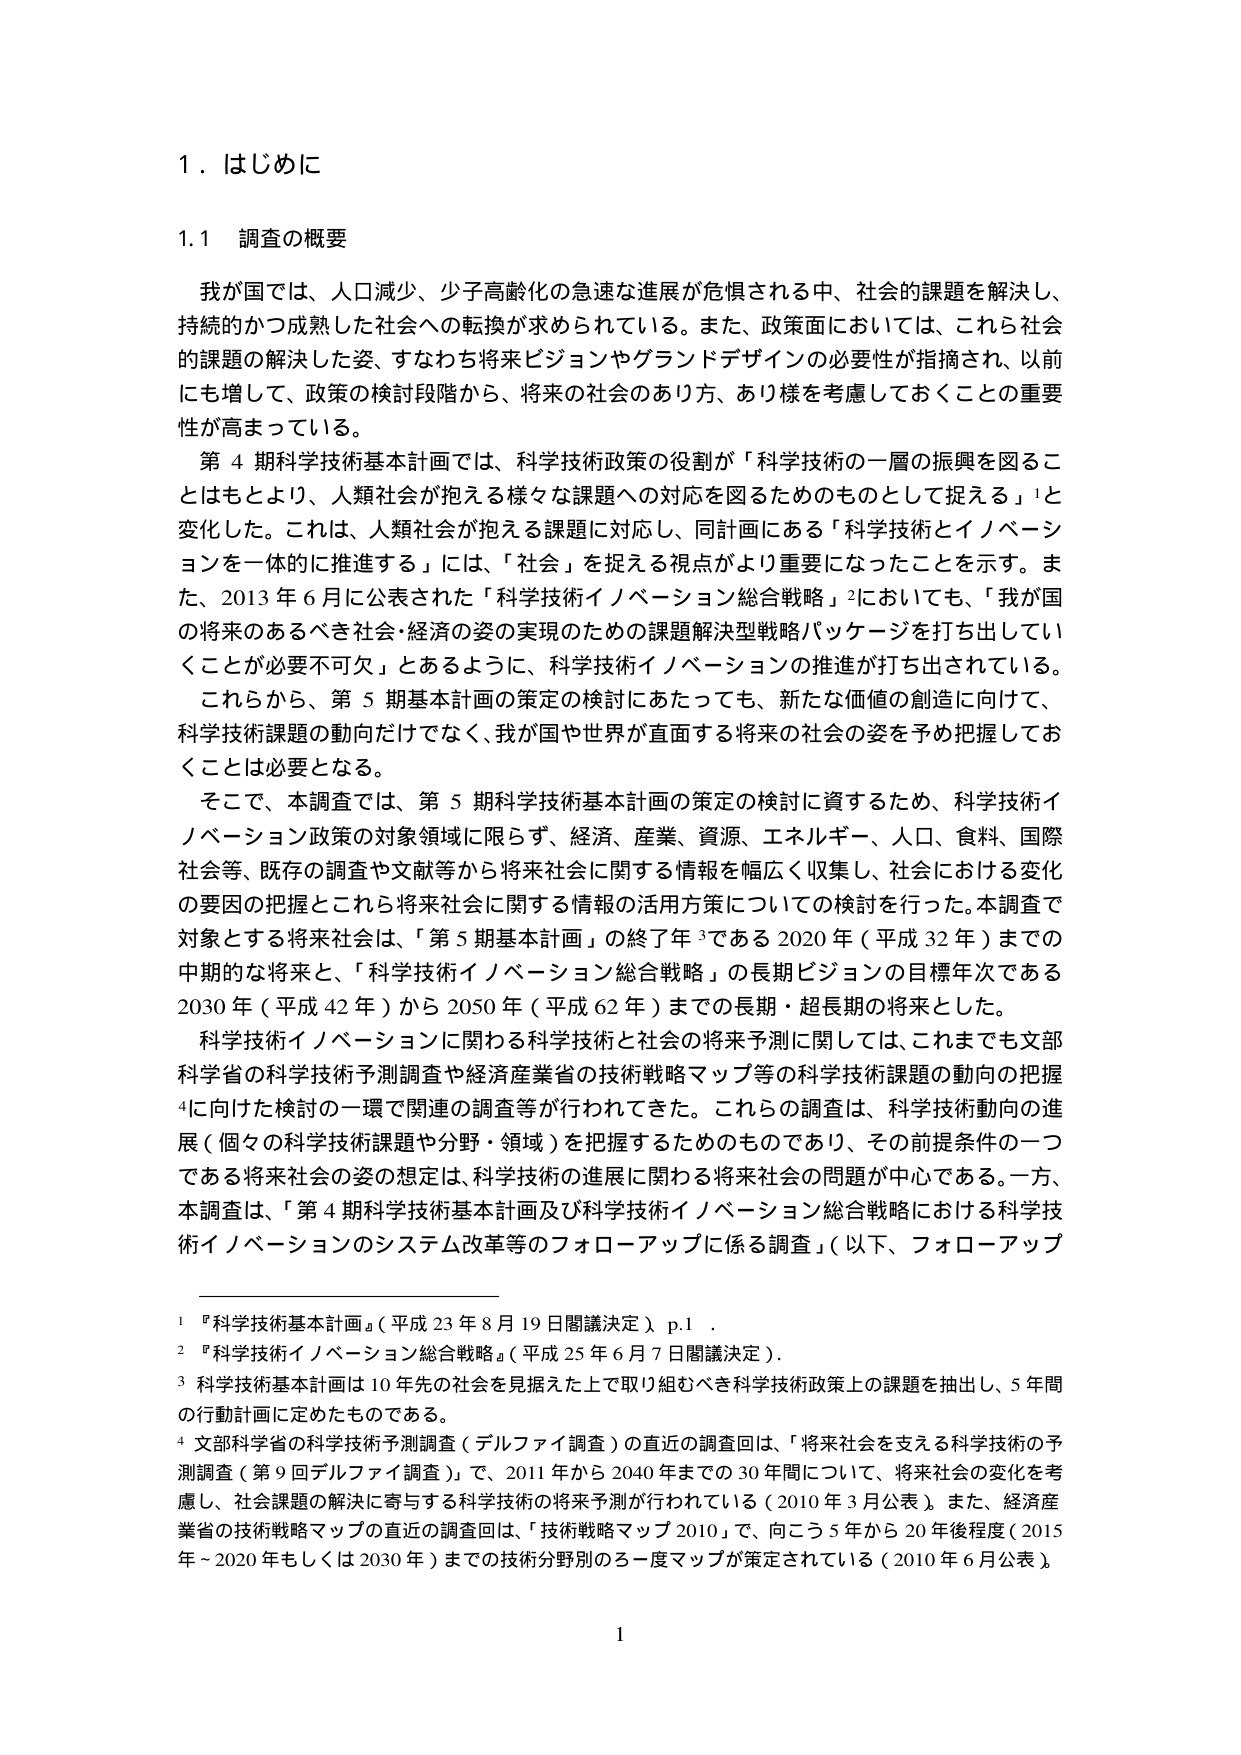
1．はじめに

1.1 調査の概要

我が国では、人口減少、少子高齢化の急速な進展が危惧される中、社会的課題を解決し、持続的かつ成熟した社会への転換が求められている。また、政策面においては、これら社会的課題の解決した姿、すなわち将来ビジョンやグランドデザインの必要性が指摘され、以前にも増して、政策の検討段階から、将来の社会のあり方、あり様を考慮しておくことの重要性が高まっている。

第4期科学技術基本計画では、科学技術政策の役割が「科学技術の一層の振興を図ることはもとより、人類社会が抱える様々な課題への対応を図るためのものとして捉える」と変化した。これは、人類社会が抱える課題に対応し、同計画にある「科学技術とイノベーションを一体的に推進する」には、「社会」を捉える視点がより重要になったことを示す。また、2013年6月に公表された「科学技術イノベーション総合戦略」においても、「我が国の将来のあるべき社会・経済の姿の実現のための課題解決型戦略パッケージを打ち出していくことが必要不可欠」とあるように、科学技術イノベーションの推進が打ち出されている。

これらから、第5期基本計画の策定の検討にあたっても、新たな価値の創造に向けて、科学技術課題の動向だけでなく、我が国や世界が直面する将来の社会の姿を予め把握しておくことは必要となる。

そこで、本調査では、第5期科学技術基本計画の策定の検討に資するため、科学技術イノベーション政策の対象領域に限らず、経済、産業、資源、エネルギー、人口、食料、国際社会等、既存の調査や文献等から将来社会に関する情報を幅広く収集し、社会における変化の要因の把握とこれら将来社会に関する情報の活用方策についての検討を行った。本調査で対象とする将来社会は、「第5期基本計画」の終了年である2020年（平成32年）までの中期的な将来と、「科学技術イノベーション総合戦略」の長期ビジョンの目標年次である2030年（平成42年）から2050年（平成62年）までの長期・超長期の将来とした。

科学技術イノベーションに関わる科学技術と社会の将来予測に関しては、これまでも文部科学省の科学技術予測調査や経済産業省の技術戦略マップ等の科学技術課題の動向の把握に向けた検討の一環で関連の調査等が行われてきた。これらの調査は、科学技術動向の進展（個々の科学技術課題や分野・領域）を把握するためのものであり、その前提条件の一つである将来社会の姿の想定は、科学技術の進展に関わる将来社会の問題が中心である。一方、本調査は、「第4期科学技術基本計画及び科学技術イノベーション総合戦略における科学技術イノベーションのシステム改革等のフォローアップに係る調査」（以下、フォローアップ

1 『科学技術基本計画』（平成23年8月19日閣議決定）p.1．
2 『科学技術イノベーション総合戦略』（平成25年6月7日閣議決定）．
3 科学技術基本計画は10年先の社会を見据えた上で取り組むべき科学技術政策上の課題を抽出し、5年間の行動計画に定めたものである。
4 文部科学省の科学技術予測調査（デルファイ調査）の直近の調査回は、「将来社会を支える科学技術の予測調査（第9回デルファイ調査）」で、2011年から2040年までの30年間について、将来社会の変化を考慮し、社会課題の解決に寄与する科学技術の将来予測が行われている（2010年3月公表）。また、経済産業省の技術戦略マップの直近の調査回は、「技術戦略マップ2010」で、向こう5年から20年後程度（2015年～2020年もしくは2030年）までの技術分野別のろー度マップが策定されている（2010年6月公表）。

1